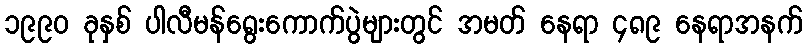
၁၉၉၀ ခုနှစ် ပါလီမန်ရွေးကောက်ပွဲများတွင် အမတ် နေရာ ၄၈၉ နေရာအနက်